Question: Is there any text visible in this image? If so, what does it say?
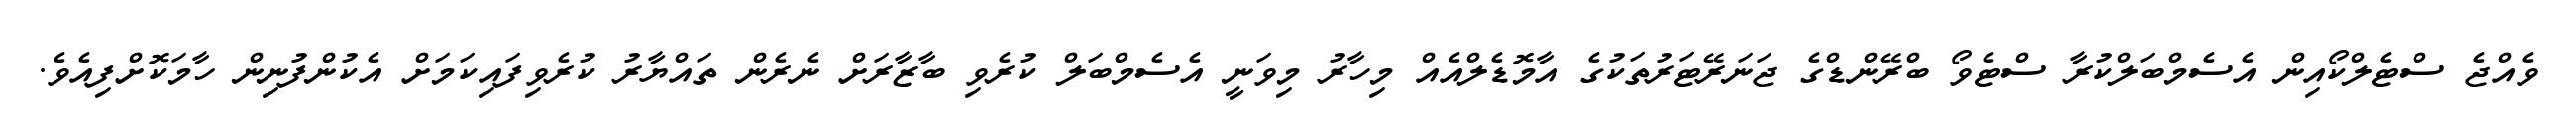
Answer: ވެއްޖެ ސްޓެލްކޯއިން އެސެމްބަލްކުރާ ސްޓެވޯ ބްރޭންޑްގެ ޖަނަރޭޓަރުތަކުގެ އާމޮޑެލްއެއް މިހާރު މިވަނީ އެސެމްބަލް ކުރެވި ބާޒާރަށް ނެރެން ތައްޔާރު ކުރެވިފައިކަމަށް އެކުންފުނިން ހާމަކޮށްފިއެވެ.